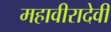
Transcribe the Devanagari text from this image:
महावीरादेवी